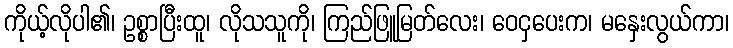
ကိုယ့်လိုပါ၏၊ ဥစ္စာပြီးထူ၊ လိုသသူကို၊ ကြည်ဖြူမြတ်လေး၊ ဝေငှပေးက၊ မနှေးလွယ်ကာ၊